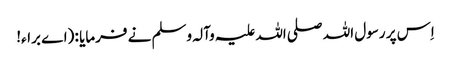
اِس پر رسول اللہ صلی اللہ علیہ وآلہ وسلم نے فرمایا : (اے براء!